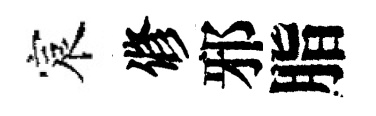
宸修邪脂